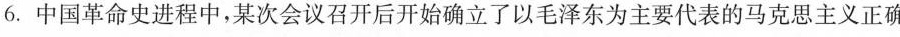
6.中国革命史进程中，某次会议召开后开始确立了以毛泽东为主要代表的马克思主义正确